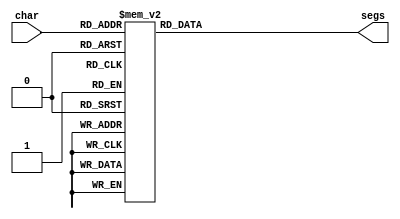
/*
   This file was generated automatically by the Mojo IDE version B1.3.6.
   Do not edit this file directly. Instead edit the original Lucid source.
   This is a temporary file and any changes made to it will be destroyed.
*/

module custom_seven_seg_22 (
    input [3:0] char,
    output reg [6:0] segs
  );
  
  
  
  always @* begin
    
    case (char)
      1'h0: begin
        segs = 7'h3f;
      end
      1'h1: begin
        segs = 7'h0a;
      end
      2'h2: begin
        segs = 7'h73;
      end
      2'h3: begin
        segs = 7'h6b;
      end
      3'h4: begin
        segs = 7'h4e;
      end
      3'h5: begin
        segs = 7'h6d;
      end
      3'h6: begin
        segs = 7'h7d;
      end
      3'h7: begin
        segs = 7'h0f;
      end
      4'h8: begin
        segs = 7'h7f;
      end
      4'h9: begin
        segs = 7'h4f;
      end
      default: begin
        segs = 7'h00;
      end
    endcase
  end
endmodule